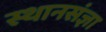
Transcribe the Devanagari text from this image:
स्थानसंज्ञा